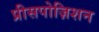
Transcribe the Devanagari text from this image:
प्रीसपोज़िशन